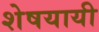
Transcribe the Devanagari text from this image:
शेषयायी